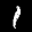
Label: 1